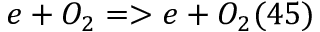
e + O _ { 2 } = > e + O _ { 2 } ( 4 5 )